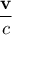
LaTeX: \frac { \mathbf { v } } { c }